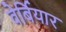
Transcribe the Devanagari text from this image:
वेर्बियार